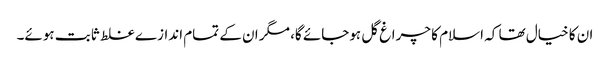
ان کا خیال تھا کہ اسلام کا چراغ گل ہوجائے گا، مگر ان کے تمام اندازے غلط ثابت ہوئے۔